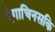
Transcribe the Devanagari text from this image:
ऐगाचिनसकि